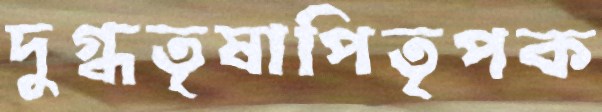
দুগ্ধতৃষাপিতৃপক